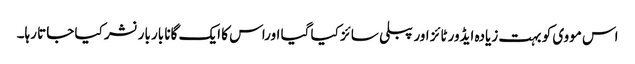
اس مووی کو بہت زیادہ ایڈورٹائز اور پبلی سائز کیا گیا اوراس کا ایک گانا بار بار نشر کیا جاتا رہا۔